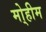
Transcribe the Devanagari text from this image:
मो्हीम